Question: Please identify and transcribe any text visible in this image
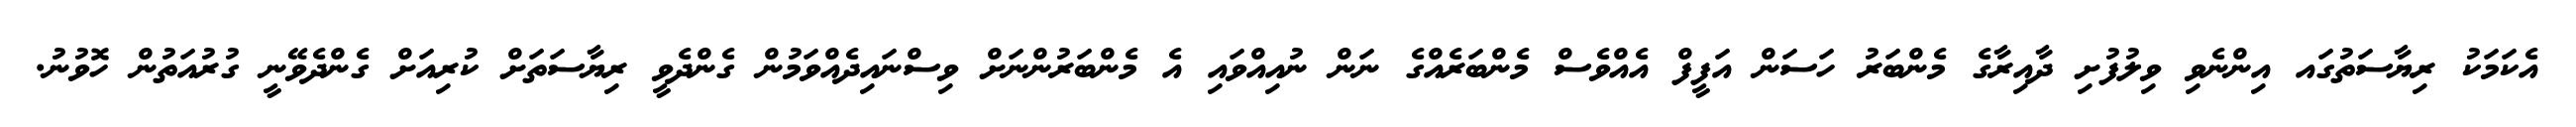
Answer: އެކަމަކު ރިޔާސަތުގައ އިންނެވި ވިލުފުށި ދާއިރާގެ މެންބަރު ހަސަން އަފީފް އެއްވެސް މެންބަރެއްގެ ނަން ނުއިއްވައި އެ މެންބަރުންނަށް ވިސްނައިދެއްވަމުން ގެންދެވީ ރިޔާސަތަށް ކުރިއަށް ގެންދެވޭނީ ގުރުއަތުން ހޮވުނު.